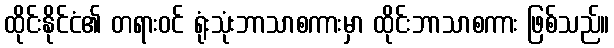
ထိုင်းနိုင်ငံ၏ တရားဝင် ရုံးသုံးဘာသာစကားမှာ ထိုင်းဘာသာစကား ဖြစ်သည်။